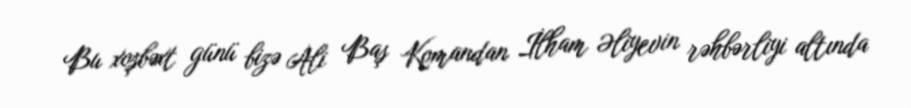
Bu xoşbəxt günü bizə Ali Baş Komandan İlham Əliyevin rəhbərliyi altında